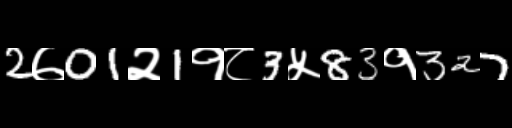
Text: 2७01२1१८3५83१327